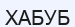
ХАБУБ